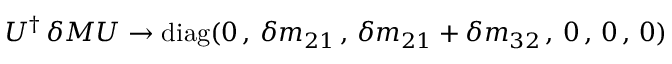
U ^ { \dagger } \, \delta M U \rightarrow \mathrm { d i a g } ( 0 \, , \, \delta m _ { 2 1 } \, , \, \delta m _ { 2 1 } + \delta m _ { 3 2 } \, , \, 0 \, , \, 0 \, , \, 0 )